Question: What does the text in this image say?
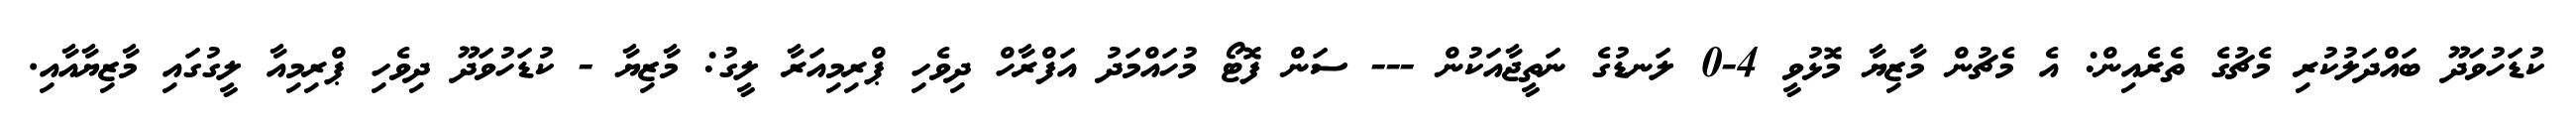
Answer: ކުޑަހުވަދޫ ބައްދަލުކުރި މެޗުގެ ތެރެއިން: އެ މެޗުން މާޒިޔާ މޮޅުވީ 4-0 ލަނޑުގެ ނަތީޖާއަކުން --- ސަން ފޮޓޯ މުހައްމަދު އަފްރާހް ދިވެހި ޕްރިމިއަރާ ލީގު: މާޒިޔާ - ކުޑަހުވަދޫ ދިވެހި ޕްރިމިއާ ލީގުގައި މާޒިޔާއާއި.